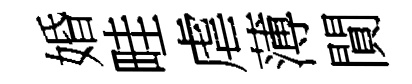
婚畦虐薄閴